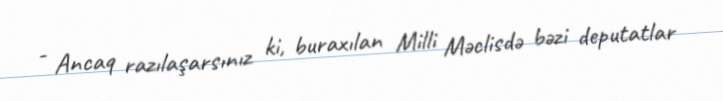
- Ancaq razılaşarsınız ki, buraxılan Milli Məclisdə bəzi deputatlar